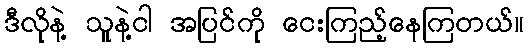
ဒီလိုနဲ့ သူနဲ့ငါ အပြင်ကို ငေးကြည့်နေကြတယ်။